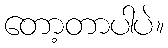
တော့တာပါပဲ။